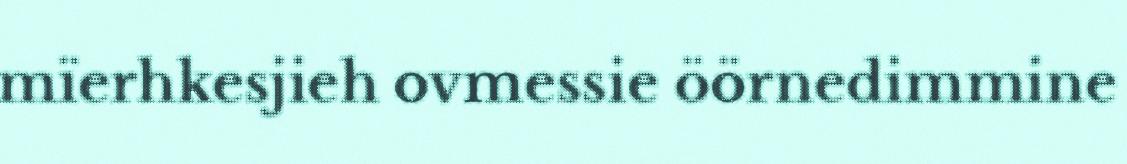
mïerhkesjieh ovmessie öörnedimmine